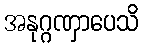
အနုဂ္ဂဏှာပေသိ